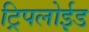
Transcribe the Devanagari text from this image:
ट्रिपलोईड